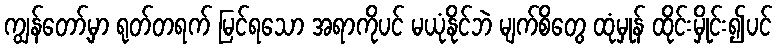
ကျွန်တော့်မှာ ရုတ်တရက် မြင်ရသော အရာကိုပင် မယုံနိုင်ဘဲ မျက်စိတွေ ထုံမှုန် ထိုင်းမှိုင်း၍ပင်